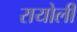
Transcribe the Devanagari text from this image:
रायोली